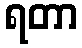
ရတာ